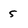
Character: 5